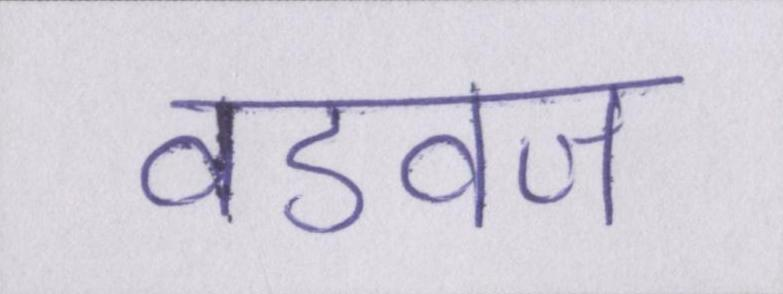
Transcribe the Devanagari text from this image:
वडवज